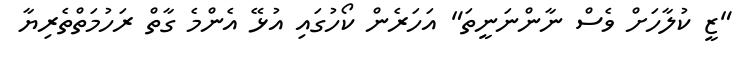
"ޒީ ކުލާހަށް ވެސް ނާންނަނީތަ" އަހަރެން ކޯހުގައި އުޅޭ އެންމެ ގާތް ރަހުމަތްތެރިޔާ